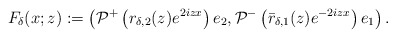
\begin{align*}F_{\delta}(x;z):=\left(\mathcal{P}^+\left(r_{\delta,2}(z) e^{2izx}\right)e_2, \mathcal{P}^-\left(\bar{r}_{\delta,1}(z) e^{-2izx}\right)e_1\right).\end{align*}